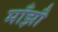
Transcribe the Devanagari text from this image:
माँझौ